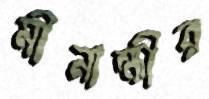
মীনাক্ষীর